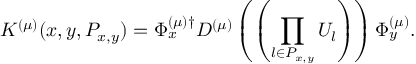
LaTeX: K ^ { ( \mu ) } ( x , y , P _ { x , y } ) = \Phi _ { x } ^ { ( \mu ) \dagger } D ^ { ( \mu ) } \left( \left( \prod _ { l \in P _ { x , y } } U _ { l } \right) \right) \Phi _ { y } ^ { ( \mu ) } .